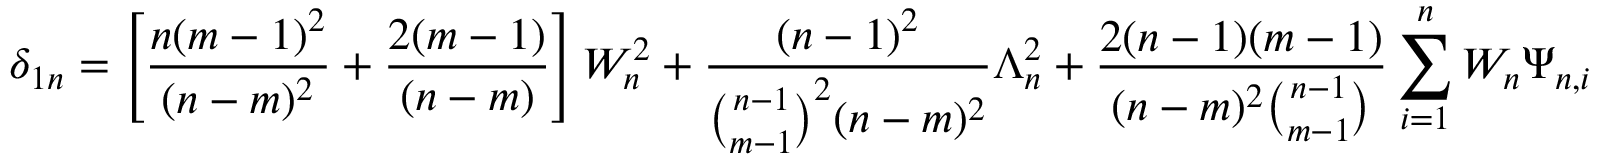
\delta _ { 1 n } = \left[ \frac { n ( m - 1 ) ^ { 2 } } { ( n - m ) ^ { 2 } } + \frac { 2 ( m - 1 ) } { ( n - m ) } \right] W _ { n } ^ { 2 } + \frac { ( n - 1 ) ^ { 2 } } { { \binom { n - 1 } { m - 1 } } ^ { 2 } ( n - m ) ^ { 2 } } \Lambda _ { n } ^ { 2 } + \frac { 2 ( n - 1 ) ( m - 1 ) } { ( n - m ) ^ { 2 } { \binom { n - 1 } { m - 1 } } } \sum _ { i = 1 } ^ { n } W _ { n } \Psi _ { n , i }